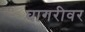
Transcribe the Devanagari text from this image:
घागरीवर